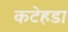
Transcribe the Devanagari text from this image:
कटेहडा